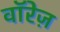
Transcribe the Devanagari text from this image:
वॉरेज़